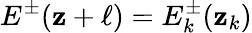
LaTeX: E^{\pm}(\mathbf{z}+\ell)=E_{k}^{\pm}(\mathbf{z}_{k})